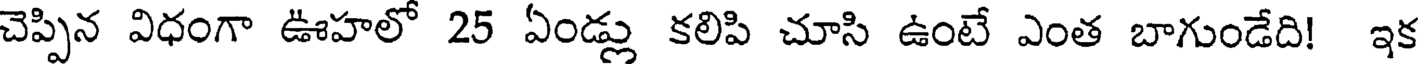
చెప్పిన విధంగా ఊహలో 25 ఏండ్లు కలిపి చూసి ఉంటే ఎంత బాగుండేది! ఇక